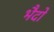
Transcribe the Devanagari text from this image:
भैदों